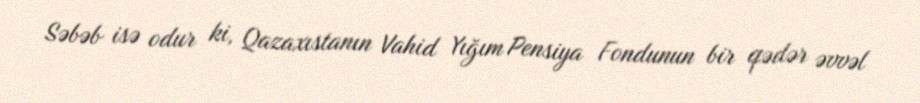
Səbəb isə odur ki, Qazaxıstanın Vahid Yığım Pensiya Fondunun bir qədər əvvəl